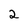
Character: 2